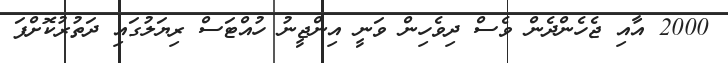
2000 އާއި ޖެހެންދެން ވެސް ދިވެހިން ވަނީ އިންޖީނު ހުއްޓަސް ރިޔަލުގައި ދަތުރުކޮށްފަ